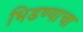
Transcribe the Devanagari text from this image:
भिडण्याचा